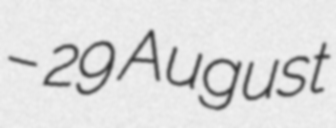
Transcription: – 29 August